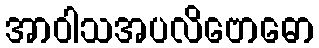
အာဝါသအပလိဗောဓော